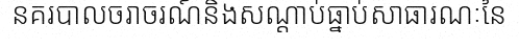
នគរបាលចរាចរណ៍និងសណ្តាប់ធ្នាប់សាធារណៈនៃ